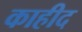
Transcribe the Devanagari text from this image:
काहीद